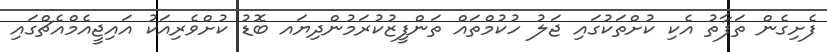
ފެށިގެން ތަފާތު އެކި ކުށްތަކުގައި ޖަލު ހުކުމްތައް ތަންފީޒުކުރަމުންދިޔައ ބޮޑު ކުށްވެރިއަކު އައިޖީއެމްއެޗްގައި